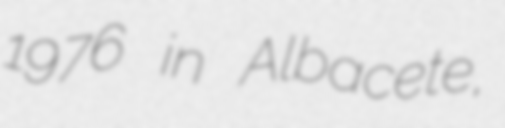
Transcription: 1976 in Albacete,